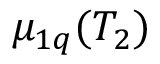
\mu _ { 1 q } ( T _ { 2 } )